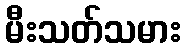
မီးသတ်သမား